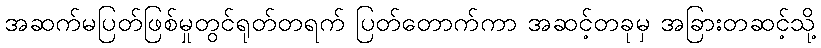
အဆက်မပြတ်ဖြစ်မှုတွင်ရုတ်တရက် ပြတ်တောက်ကာ အဆင့်တခုမှ အခြားတဆင့်သို့